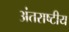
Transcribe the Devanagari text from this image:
अंतराष्टीय